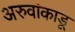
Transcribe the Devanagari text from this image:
अरुवांकाडू